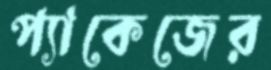
প্যাকেজের